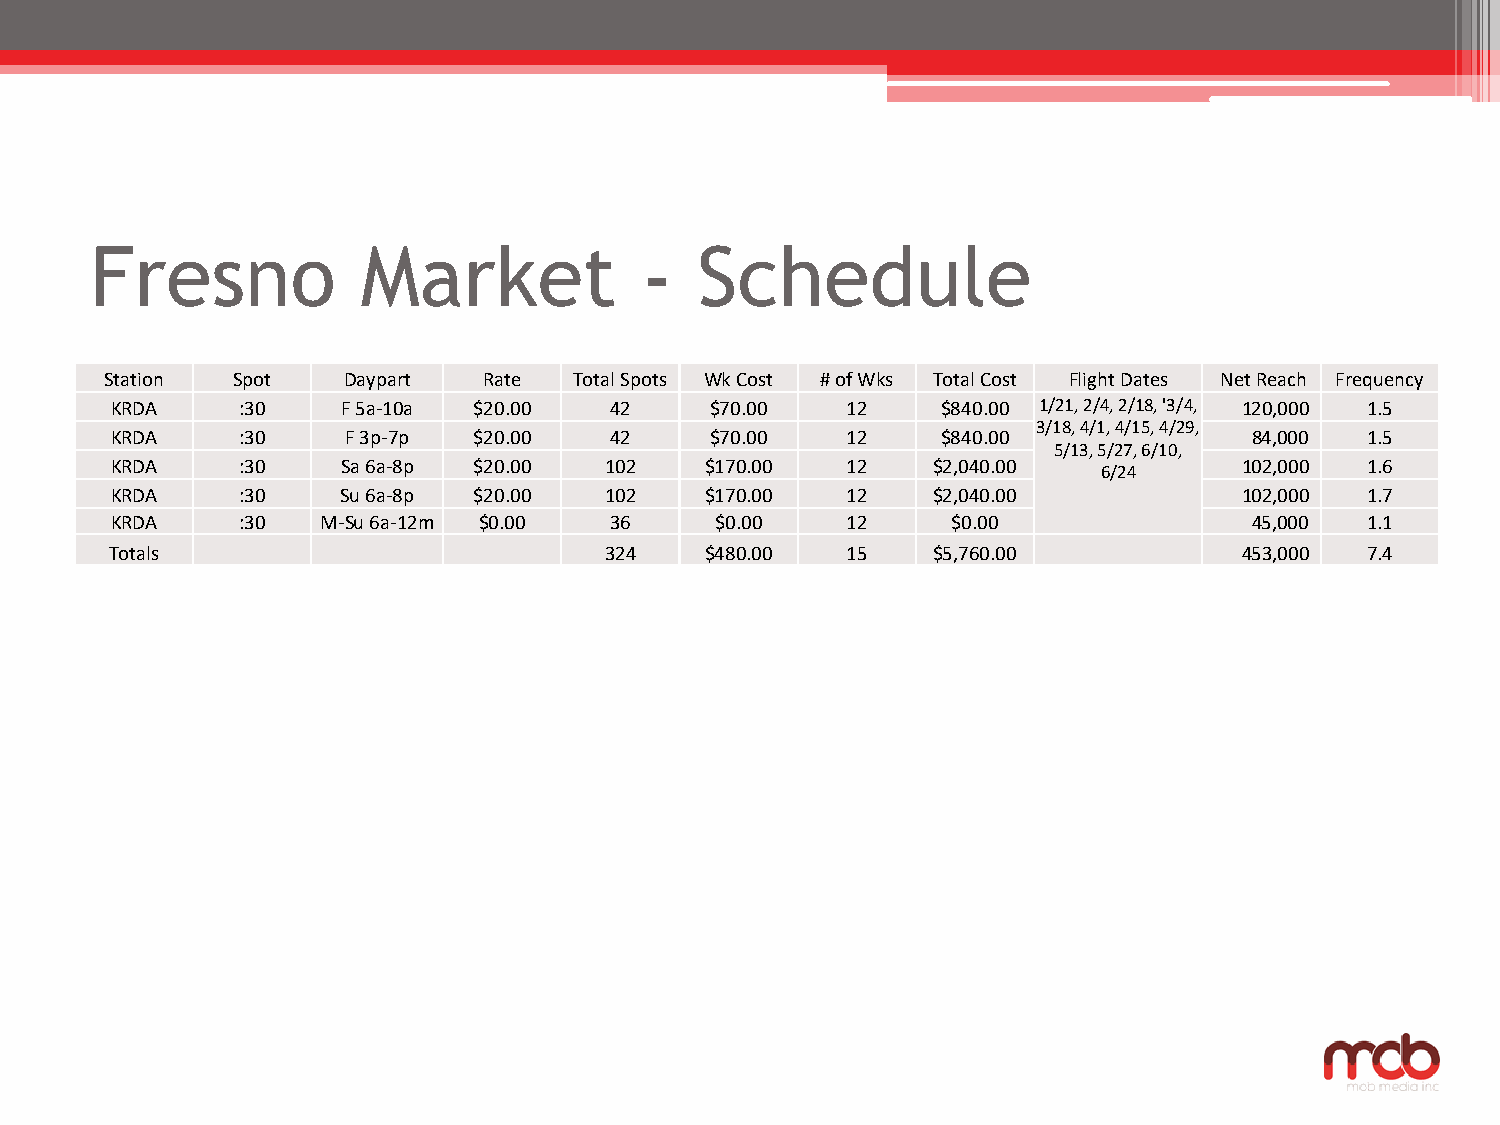
Fresno            Market            -   Schedule
 Station Spot    Daypart  Rate  Total Spots Wk Cost # of Wks Total Cost Flight Dates Net Reach Frequency
 KRDA     :30    F 5a-10a $20.00  42     $70.00   12    $840.00 1/21, 2/4, 2/18, '3/4, 120,000 1.5
 3/18, 4/1, 4/15, 4/29,
 KRDA     :30    F 3p-7p $20.00   42     $70.00   12    $840.00              84,000 1.5
 5/13, 5/27, 6/10,
 KRDA     :30    Sa 6a-8p $20.00  102    $170.00  12    $2,040.00           102,000 1.6
 6/24
 KRDA     :30    Su 6a-8p $20.00  102    $170.00  12    $2,040.00           102,000 1.7
 KRDA     :30  M-Su 6a-12m $0.00  36     $0.00    12     $0.00               45,000 1.1
 Totals                           324    $480.00  15    $5,760.00           453,000 7.4